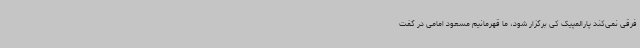
فرقی نمی‌کند پارالمپیک کی برگزار شود، ما قهرمانیم مسعود امامی در گفت